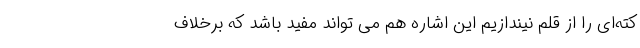
کته‌ای را از قلم نیندازیم این اشاره هم می تواند مفید باشد که برخلاف